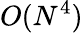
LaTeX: O(N^{4})